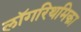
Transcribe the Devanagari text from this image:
लॉगरिथमिका